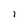
Character: i